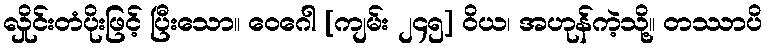
လှိုင်းတံပိုးဖြင့် ပြီးသော။ ဝေဂေါ [ကျမ်း ၂၄၅] ဝိယ၊ အဟုန်ကဲ့သို့။ တဿာပိ